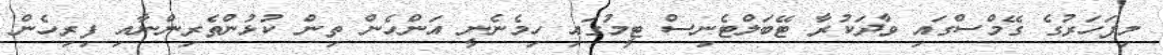
މިފަހަރުގެ ގޭމްސްގައި ވާދަކުރާ ޓޭބަލްޓެނިސް ޓީމުގައި ހިމެނެނީ އަންހެން ތިން ކުޅުންތެރިންނާއި ފިރިހެން